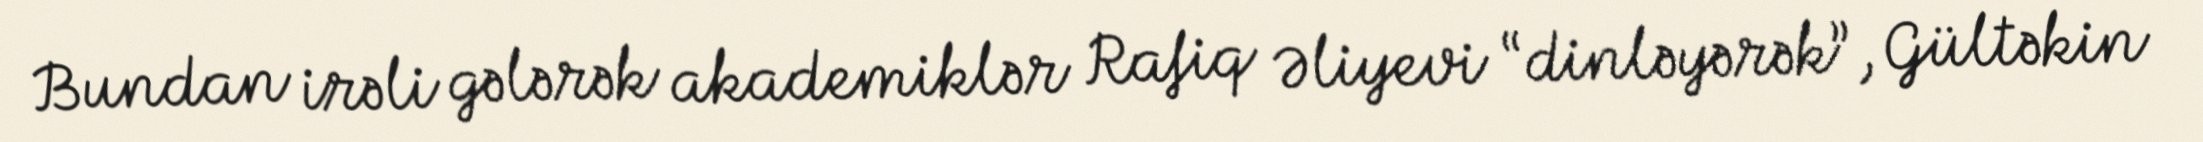
Bundan irəli gələrək akademiklər Rafiq Əliyevi “dinləyərək”, Gültəkin